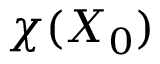
\chi ( X _ { 0 } )